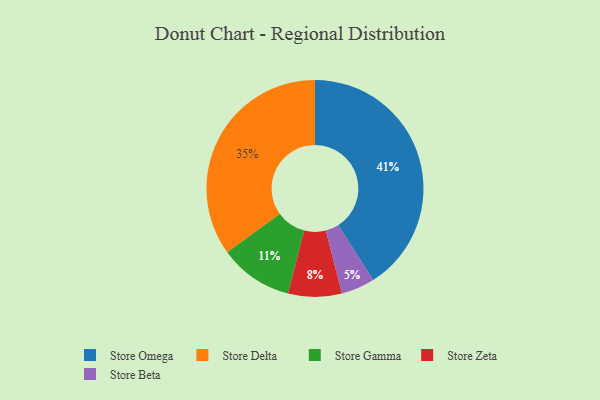
{"axis": {"x": "Category", "y": "Percentage"}, "legend": ["Store Beta", "Store Delta", "Store Gamma", "Store Omega", "Store Zeta"], "data": [{"x": "Store Omega", "y": 41, "type": "Store Omega"}, {"x": "Store Delta", "y": 35, "type": "Store Delta"}, {"x": "Store Gamma", "y": 11, "type": "Store Gamma"}, {"x": "Store Zeta", "y": 8, "type": "Store Zeta"}, {"x": "Store Beta", "y": 5, "type": "Store Beta"}]}